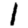
Digit: 1